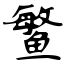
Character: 鳘